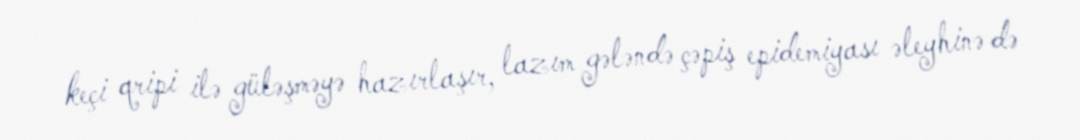
keçi qripi ilə güləşməyə hazırlaşır, lazım gələndə çəpiş epidemiyası əleyhinə də